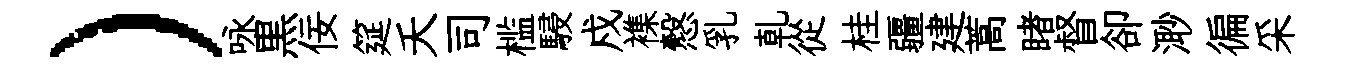
）咏黒佞筵夭司槛駸戍襍慤乳乹從桂疆建蒿睹督卻𣺌徧采